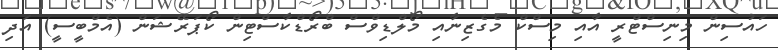
ހައުސިން މިނިސްޓްރީ އާއި މިސްކް މެގެޒިނާއި މޯލްޑިވްސް ބްރޯޑްކާސްޓިން ކޯޕަރޭޝަން (އެމްބީސީ) އަދި